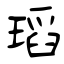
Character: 瑫